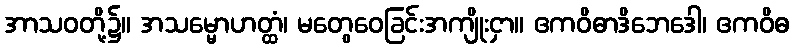
အာသဝတို့၌။ အသမ္မောဟတ္ထံ၊ မတွေဝေခြင်းအကျိုးငှာ။ ဧကဝိဓာဒိဘေဒေါ၊ ဧကဝိဓ